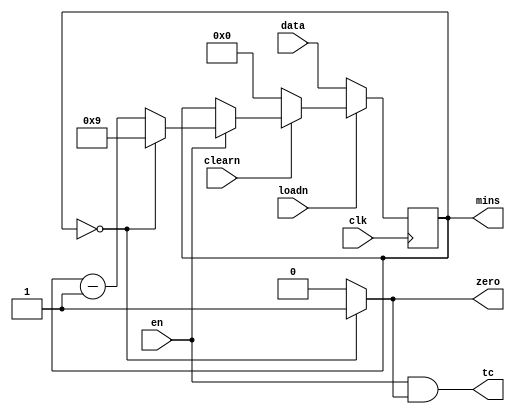
`timescale 1ns/1ps

module contador_mod10_2 (
    input wire clk,          // sinal de clock
    input wire loadn,        
  	input wire [3:0] data,   // valor inicial do contador
    input wire clearn,       // sinal de reset em nvel baixo
    input wire en,           // sinal de habilitao em nvel alto
    output wire tc,
    output wire zero,
  	output reg [3:0] mins // sada do contador
);

  assign zero = (mins == 4'b0000) ? 1'b1 : 1'b0;
  assign tc = en & zero;

  always @(posedge clk) begin
    if (~loadn) begin
        mins <= data; // reinicia o contador com o valor de 'data'
    end else if (~clearn) begin
        mins <= 3'b000; // zera o contador quando 'clearn' est em nvel baixo
    end else if (en) begin
        if (mins == 4'b0000) begin
            mins <= 4'b1001; // volta a contar a partir de 9 quando atinge 0
        end else begin
            mins <= mins - 1; // subtrai 1 do contador
        end
    end
  end

endmodule